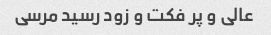
عالی و پر فکت و زود رسید مرسی